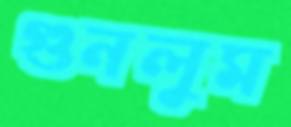
গুনলুম